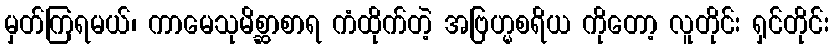
မှတ်ကြရမယ်၊ ကာမေသုမိစ္ဆာစာရ ကံထိုက်တဲ့ အဗြဟ္မစရိယ ကိုတော့ လူတိုင်း ရှင်တိုင်း